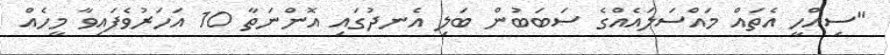
"ސިއްހީ އެތައް މައްސަލައެއްގެ ސަބަބުން ބަލި އެނދުގައި އޮންނަތާ 10 އަހަރުވެފައިވާ މީހެއް